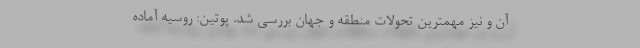
آن و نیز مهمترین تحولات منطقه و جهان بررسی شد. پوتین: روسیه آماده